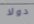
دولا